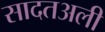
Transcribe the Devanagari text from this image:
सादतअली